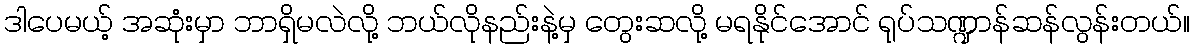
ဒါပေမယ့် အဆုံးမှာ ဘာရှိမလဲလို့ ဘယ်လိုနည်းနဲ့မှ တွေးဆလို့ မရနိုင်အောင် ရုပ်သဏ္ဍာန်ဆန်လွန်းတယ်။